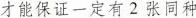
才能保证一定有2张同种